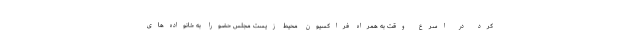
کرد در اسرع وقت به همراه فراکسیون محیط زیست مجلس حضورا به خانواده‌های